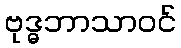
ဗုဒ္ဓဘာသာဝင်